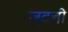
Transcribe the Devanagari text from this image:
जुटनी